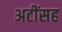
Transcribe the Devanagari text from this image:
अटींसह